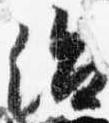
治